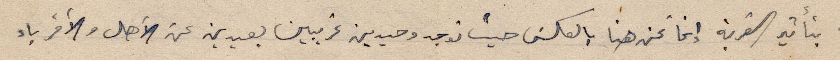
بتأثير القرية إنما نحن هنا بالعكس حيث نوجد وحيدين غريبين بعيدين عن الأهل والأقرباء